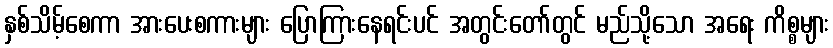
နှစ်သိမ့်စေကာ အားပေးစကားများ ပြောကြားနေရင်းပင် အတွင်းတော်တွင် မည်သို့သော အရေး ကိစ္စများ